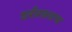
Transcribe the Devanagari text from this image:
शरीरबलाचा